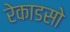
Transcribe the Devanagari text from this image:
रेकाडसो